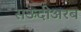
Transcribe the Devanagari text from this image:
सऊदीअरब